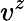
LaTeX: v^{z}